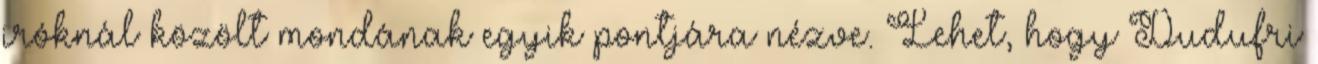
iróknál közölt mondának egyik pontjára nézve. Lehet, hogy Dudufri